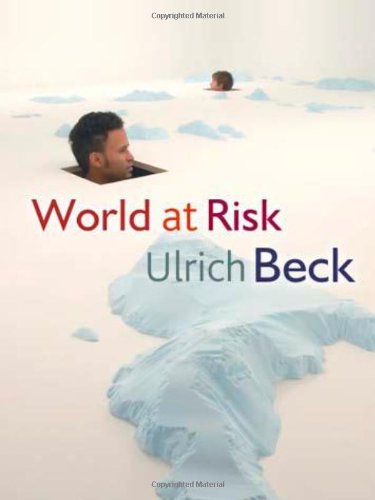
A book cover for World at Risk; Ulrich Beck; Politics & Social Sciences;